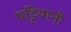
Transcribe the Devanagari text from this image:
पट्टियानी